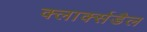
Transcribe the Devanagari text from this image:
क्लार्क्सडैल